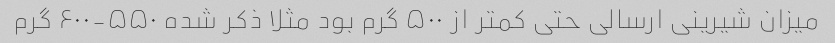
میزان شیرینی ارسالی حتی کمتر از ۵۰۰ گرم بود مثلا ذکر شده ۵۵۰-۶۰۰ گرم